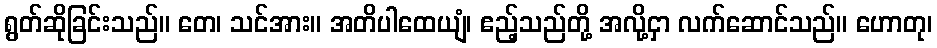
ရွတ်ဆိုခြင်းသည်။ တေ၊ သင်အား။ အတိပါထေယျံ၊ ဧည့်သည်တို့ အလို့ငှာ လက်ဆောင်သည်။ ဟောတု၊